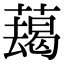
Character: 𦿋